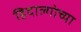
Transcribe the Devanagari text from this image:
हिदाल्गोच्या